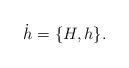
LaTeX: \begin{align*}\dot{h} = \{H, h\}.\end{align*}